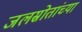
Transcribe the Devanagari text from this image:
जलस्रोतांच्या